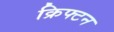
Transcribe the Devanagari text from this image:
क्रिफ्टन